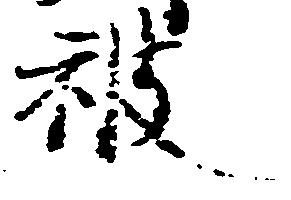
被